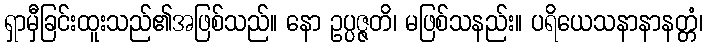
ရှာမှီခြင်းထူးသည်၏အဖြစ်သည်။ နော ဥပ္ပဇ္ဇတိ၊ မဖြစ်သနည်း။ ပရိယေသနာနာနတ္တံ၊